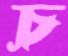
চ